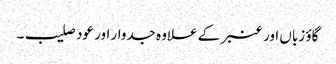
گاؤ زباں اور عنبر کے علاوہ جدوار اور عود صلیب۔